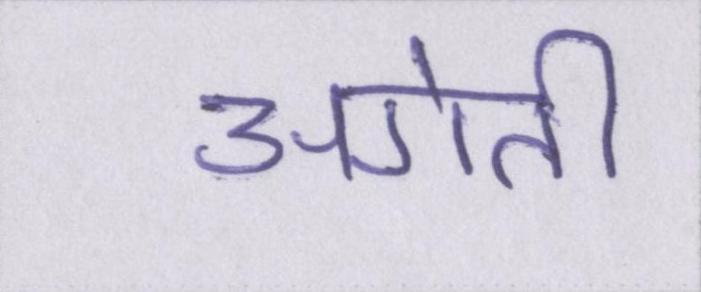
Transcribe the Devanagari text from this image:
अगेती